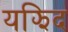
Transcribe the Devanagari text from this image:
यझिद